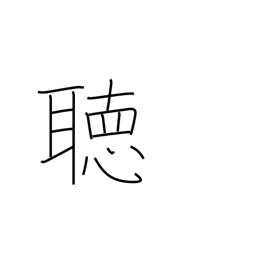
Meaning: listen